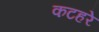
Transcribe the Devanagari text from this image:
कटहरे